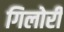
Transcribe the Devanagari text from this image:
गिलोरी